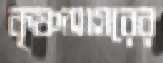
কৃষ্ণসাগরের